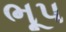
ભૂપ